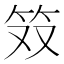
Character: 𫁷